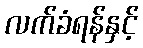
လက်ခံရန်နှင့်